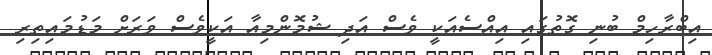
އިބްރާހިމް ބުނި ގޮތުގައި އިއްސެއަކީ ވެސް އަދި ޝުމޮންމިއާ އަކީވެސް ވަރަށް މަޑުމައިތިރި